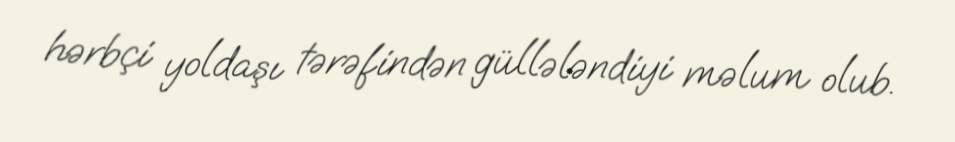
hərbçi yoldaşı tərəfindən güllələndiyi məlum olub.